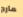
مارج